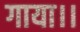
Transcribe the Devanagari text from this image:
गाया।।